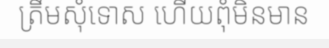
ត្រឹមសុំទោស ហើយពុំមិនមាន